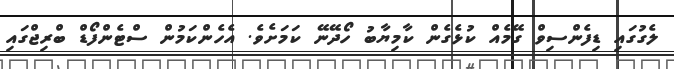
ލެގުގައި ޑިފެންސިވް ގޭމެއް ކުޅެގެން ކާމިޔާބު ހޯދޭނޭ ކަމަށެވެ. އެހެންކަމުން ސްޓެންފޯޑް ބްރިޖްގައި